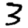
Digit: 3